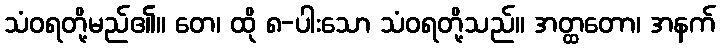
သံဝရတို့မည်၏။ တေ၊ ထို ၈-ပါးသော သံဝရတို့သည်။ အတ္ထတော၊ အနက်